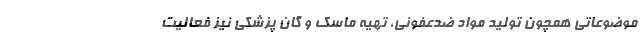
موضوعاتی همچون تولید مواد ضدعفونی، تهیه ماسک و گان پزشکی نیز فعالیت